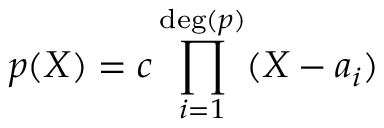
p ( X ) = c \prod _ { i = 1 } ^ { \deg ( p ) } ( X - a _ { i } )